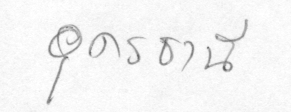
อุดรธานี